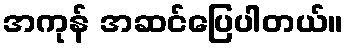
အကုန် အဆင်ပြေပါတယ်။